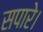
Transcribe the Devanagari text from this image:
सपारे।